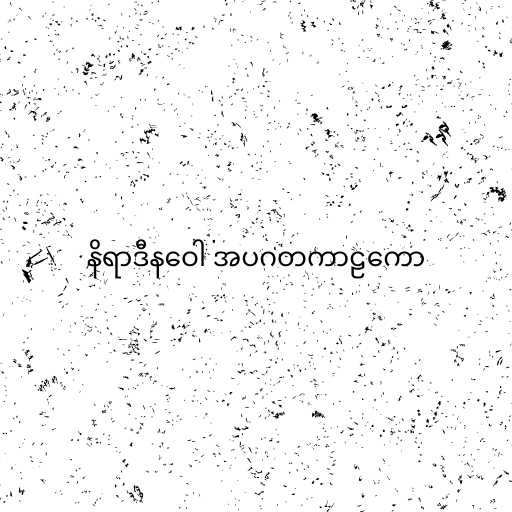
နိရာဒီနဝေါ အပဂတကာဠကော